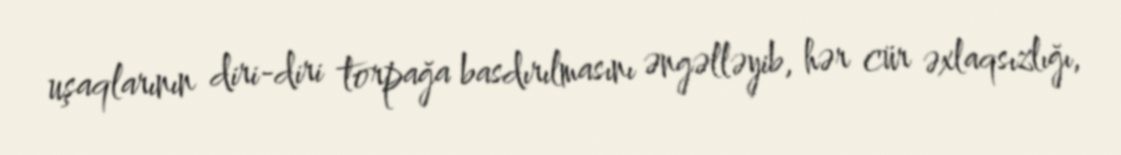
uşaqlarının diri-diri torpağa basdırılmasını əngəlləyib, hər cür əxlaqsızlığı,